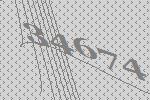
34674